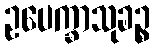
ဥပေက္ခာသုခဉ္စ